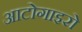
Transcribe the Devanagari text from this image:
आटोगाइरो